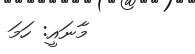
މާނައީ: ހަމަ